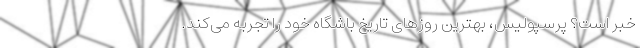
خبر است؟ پرسپولیس، بهترین روزهای تاریخ باشگاه خود را تجربه می‌کند.